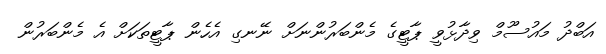
އަބްދު މައުސޫމް ވިދާޅުވީ ޕާޓީގެ މެންބަރުންނަށް ނޭނގި އެހެން ޕާޓީތަކަށް އެ މެންބަރުން